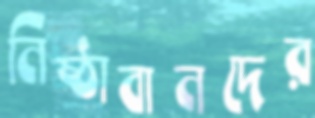
নিষ্ঠাবানদের